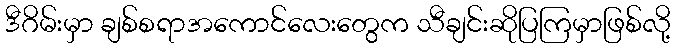
ဒီဂိမ်းမှာ ချစ်စရာအကောင်လေးတွေက သီချင်းဆိုပြကြမှာဖြစ်လို့